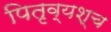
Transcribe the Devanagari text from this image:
पितृव्यश्च